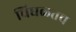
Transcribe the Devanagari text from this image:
चिघळतच